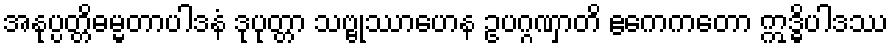
အနုပ္ပတ္တိဓမ္မတာပါဒနံ ဒုပုတ္တာ သဗ္ဗုဿာဟေန ဥပဂ္ဂဏှာတိ ဧကေကတော ဣဒ္ဓိပါဒဿ